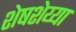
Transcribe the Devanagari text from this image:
शेषशेय्या